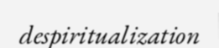
despiritualization